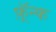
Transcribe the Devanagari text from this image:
फ़्रॅन्क